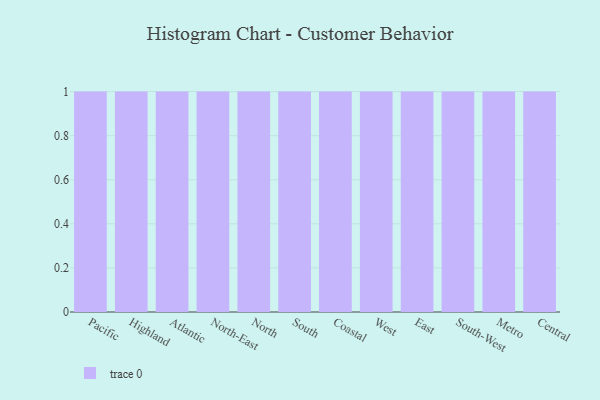
{"axis": {"x": "Region", "y": "Active Users"}, "legend": [""], "data": [{"x": "Pacific", "y": 89, "type": ""}, {"x": "Highland", "y": 75, "type": ""}, {"x": "Atlantic", "y": 66, "type": ""}, {"x": "North-East", "y": 71, "type": ""}, {"x": "North", "y": 60, "type": ""}, {"x": "South", "y": 61, "type": ""}, {"x": "Coastal", "y": 84, "type": ""}, {"x": "West", "y": 3, "type": ""}, {"x": "East", "y": 53, "type": ""}, {"x": "South-West", "y": 85, "type": ""}, {"x": "Metro", "y": 47, "type": ""}, {"x": "Central", "y": 100, "type": ""}]}